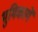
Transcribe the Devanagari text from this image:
भुमिकायें